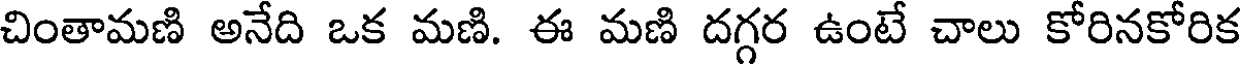
చింతామణి అనేది ఒక మణి. ఈ మణి దగ్గర ఉంటే చాలు కోరినకోరిక